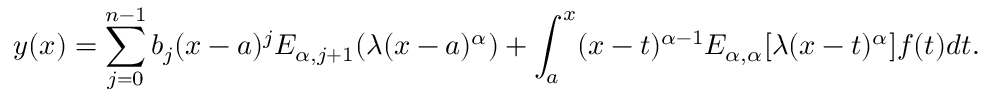
y ( x ) = \sum _ { j = 0 } ^ { n - 1 } b _ { j } ( x - a ) ^ { j } E _ { \alpha , j + 1 } ( \lambda ( x - a ) ^ { \alpha } ) + \int _ { a } ^ { x } ( x - t ) ^ { \alpha - 1 } E _ { \alpha , \alpha } [ \lambda ( x - t ) ^ { \alpha } ] f ( t ) d t .